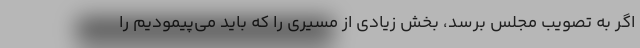
اگر به تصویب مجلس برسد، بخش زیادی از مسیری را که باید می‌پیمودیم را